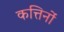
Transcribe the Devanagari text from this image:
कत्तिनों